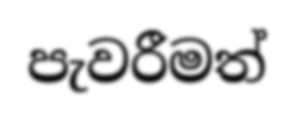
පැවරීමත්